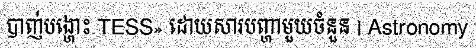
បាញ់បង្ហោះ TESS» ដោយសារបញ្ហាមួយចំនួន | Astronomy